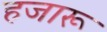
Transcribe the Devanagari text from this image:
हजारू